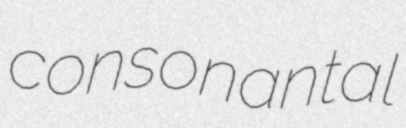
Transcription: consonantal